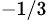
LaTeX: ^{-1/3}